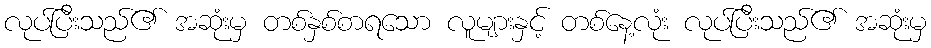
လုပ်ပြီးသည်၏ အဆုံးမှ တစ်နှစ်စာရသော လူများနှင့် တစ်နေ့လုံး လုပ်ပြီးသည်၏ အဆုံးမှ